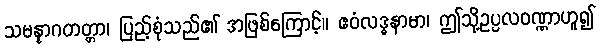
သမန္နာဂတတ္တာ၊ ပြည့်စုံသည်၏ အဖြစ်ကြောင့်။ ဧဝံလဒ္ဓနာမာ၊ ဤသို့ဥပ္ပလဝဏ္ဏာဟူ၍